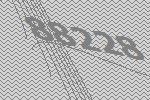
88228